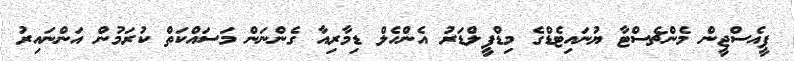
ޕީއެސްޖީން މެންޗެސްޓާ ޔުނައިޓެޑްގެ މިޑްފީލްޑަރު އެންހެލް ޑިމާރިއާ ގެންނަން މަސައްކަތް ކުރަމުން އަންނައިރު